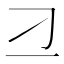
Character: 𬺴